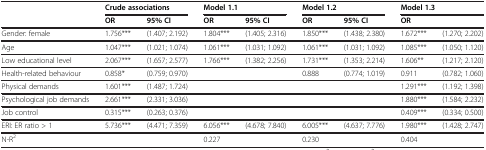
<table><thead><tr><td><b> </b></td><td colspan="2"><b>Crude associations</b></td><td colspan="2"><b>Model 1.1</b></td><td colspan="2"><b>Model 1.2</b></td><td colspan="2"><b>Model 1.3</b></td></tr><tr><td><b> </b></td><td><b>OR</b></td><td><b>95% CI</b></td><td><b>OR</b></td><td><b>95% CI</b></td><td><b>OR</b></td><td><b>95% CI</b></td><td><b>OR</b></td><td><b> </b></td></tr></thead><tbody><tr><td>Gender: female</td><td>1.756***</td><td>(1.407; 2.192)</td><td>1.804***</td><td>(1.405; 2.316)</td><td>1.850***</td><td>(1.438; 2.380)</td><td>1.672***</td><td>(1.270; 2.202)</td></tr><tr><td>Age</td><td>1.047***</td><td>(1.021; 1.074)</td><td>1.061***</td><td>(1.031; 1.092)</td><td>1.061***</td><td>(1.031; 1.092)</td><td>1.085***</td><td>(1.050; 1.120)</td></tr><tr><td>Low educational level</td><td>2.067***</td><td>(1.657; 2.577)</td><td>1.766***</td><td>(1.382; 2.256)</td><td>1.731***</td><td>(1.353; 2.214)</td><td>1.606**</td><td>(1.217; 2.120)</td></tr><tr><td>Health-related behaviour</td><td>0.858*</td><td>(0.759; 0.970)</td><td> </td><td> </td><td>0.888</td><td>(0.774; 1.019)</td><td>0.911</td><td>(0.782; 1.060)</td></tr><tr><td>Physical demands</td><td>1.601***</td><td>(1.487; 1.724)</td><td> </td><td> </td><td> </td><td> </td><td>1.291***</td><td>(1.192; 1.398)</td></tr><tr><td>Psychological job demands</td><td>2.661***</td><td>(2.331; 3.036)</td><td> </td><td> </td><td> </td><td> </td><td>1.880***</td><td>(1.584; 2.232)</td></tr><tr><td>Job control</td><td>0.315***</td><td>(0.263; 0.376)</td><td> </td><td> </td><td> </td><td> </td><td>0.409***</td><td>(0.334; 0.500)</td></tr><tr><td>ERI: ER ratio &gt; 1</td><td>5.736***</td><td>(4.471; 7.359)</td><td>6.056***</td><td>(4.678; 7.840)</td><td>6.005***</td><td>(4.637; 7.776)</td><td>1.980***</td><td>(1.428; 2.747)</td></tr><tr><td>N-R<sup>2</sup></td><td> </td><td> </td><td>0.227</td><td> </td><td>0.230</td><td> </td><td>0.404</td><td> </td></tr></tbody></table>